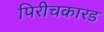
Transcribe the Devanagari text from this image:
पिरीचकारड